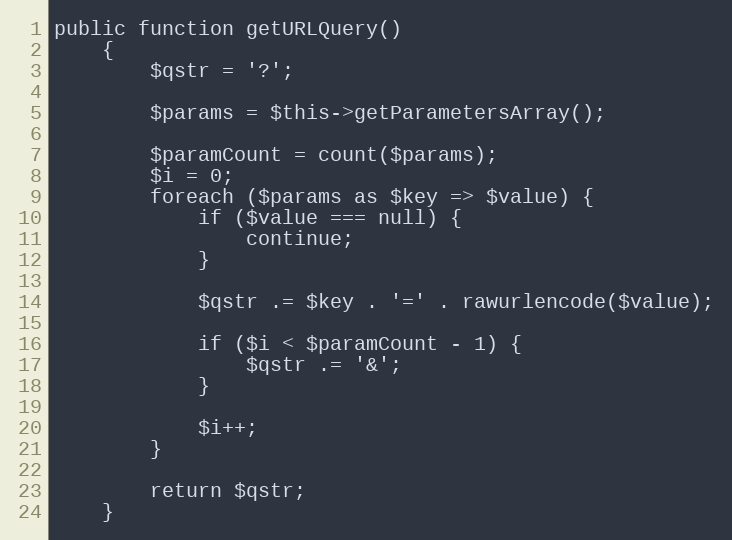
Language: PHP
public function getURLQuery()
    {
        $qstr = '?';

        $params = $this->getParametersArray();

        $paramCount = count($params);
        $i = 0;
        foreach ($params as $key => $value) {
            if ($value === null) {
                continue;
            }

            $qstr .= $key . '=' . rawurlencode($value);

            if ($i < $paramCount - 1) {
                $qstr .= '&';
            }

            $i++;
        }

        return $qstr;
    }